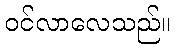
ဝင်လာလေသည်။